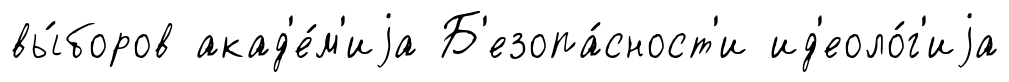
вы́боров акад'е́м'иjа Б'езопа́сност'и ид'еоло́г'иjа